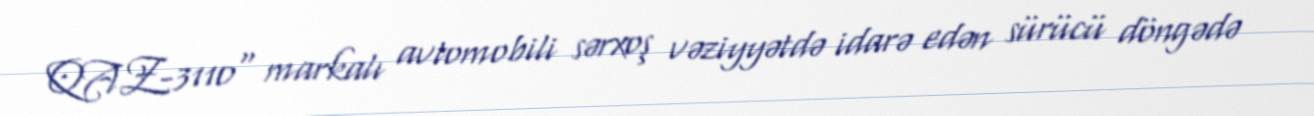
QAZ-3110" markalı avtomobili sərxoş vəziyyətdə idarə edən sürücü döngədə